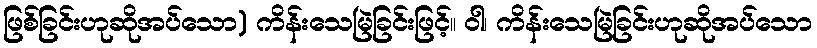
ဖြစ်ခြင်းဟုဆိုအပ်သော) ကိန်းသေမြဲခြင်းဖြင့်။ ဝါ၊ ကိန်းသေမြဲခြင်းဟုဆိုအပ်သော